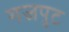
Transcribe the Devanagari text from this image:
गजपुट